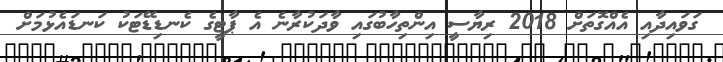
ގަވައިދާއި އެއްގޮތަށް 2018 ރިޔާސީ އިންތިހާބުގައި ވާދަކުރާނެ އެ ޕާޓީގެ ކެނޑިޑޭޓަކު ކަނޑައެޅުމަށް